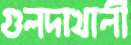
গুলদাখালী